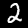
Digit: 2